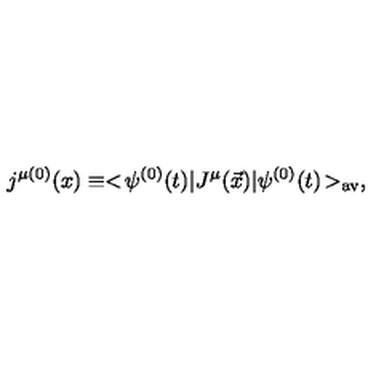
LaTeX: j ^ { \mu ( 0 ) } ( x ) \equiv < \! \psi ^ { ( 0 ) } ( t ) | J ^ { \mu } ( \vec { x } ) | \psi ^ { ( 0 ) } ( t ) \! > _ { \mathrm { a v } } ,